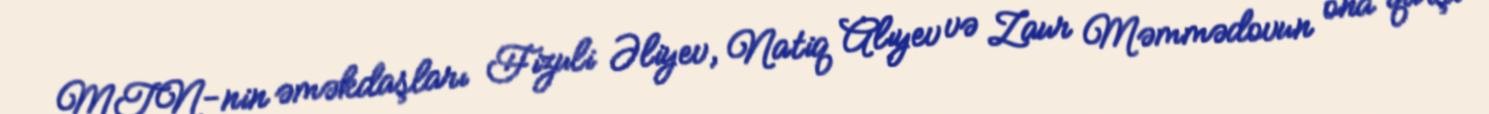
MTN-nin əməkdaşları Fizuli Əliyev, Natiq Alıyev və Zaur Məmmədovun ona qarşı